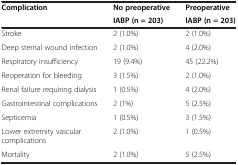
<table><thead><tr><td><b>Complication</b></td><td><b>No preoperative</b></td><td><b>Preoperative</b></td></tr><tr><td></td><td><b>IABP (n = 203)</b></td><td><b>IABP (n = 203)</b></td></tr></thead><tbody><tr><td>Stroke</td><td>2 (1.0%)</td><td>2 (1.0%)</td></tr><tr><td>Deep sternal wound infection</td><td>2 (1.0%)</td><td>4 (2.0%)</td></tr><tr><td>Respiratory insufficiency</td><td>19 (9.4%)</td><td>45 (22.2%)</td></tr><tr><td>Reoperation for bleeding</td><td>3 (1.5%)</td><td>2 (1.0%)</td></tr><tr><td>Renal failure requiring dialysis</td><td>1 (0.5%)</td><td>4 (2.0%)</td></tr><tr><td>Gastrointestinal complications</td><td>2 (1%)</td><td>5 (2.5%)</td></tr><tr><td>Septicemia</td><td>1 (0.5%)</td><td>3 (1.5%)</td></tr><tr><td>Lower extremity vascular complications</td><td>2 (1.0%)</td><td>1 (0.5%)</td></tr><tr><td>Mortality</td><td>2 (1.0%)</td><td>5 (2.5%)</td></tr></tbody></table>